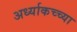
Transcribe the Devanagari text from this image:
अर्ध्याकच्च्या